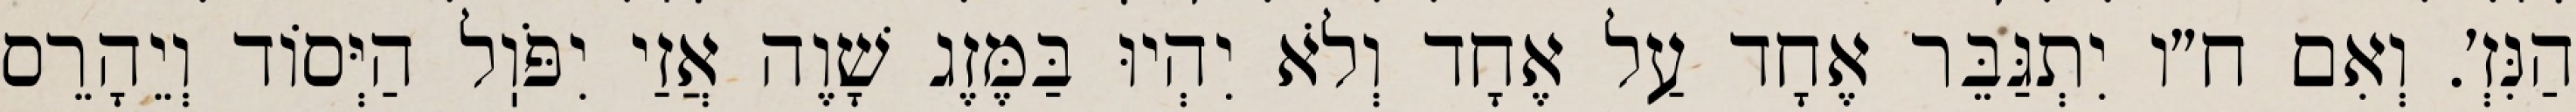
הַנִּזְ׳. וְאִם ח״ו יִתְגַּבֵּר אֶחָד עַל אֶחָד וְלֹא יִהְיוּ בַּמֶּזֶג שָׁוֶה אֲזַי יִפֹּוֽל הַיְּסוֹד וְיֵהָרֵס